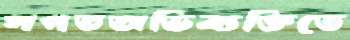
সগতঅভিব্যক্তিতে